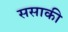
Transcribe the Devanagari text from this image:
ससाकी